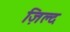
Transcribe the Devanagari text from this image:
ज़िल्द